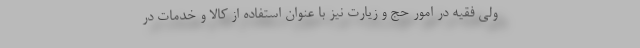
ولی فقیه در امور حج و زیارت نیز با عنوان استفاده از کالا و خدمات در